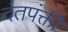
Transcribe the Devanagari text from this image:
दंतपंक्ती